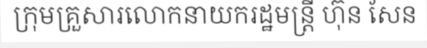
ក្រុមគ្រួសារលោកនាយករដ្ឋមន្ត្រី ហ៊ុន សែន